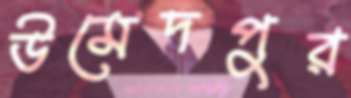
উমেদপুর